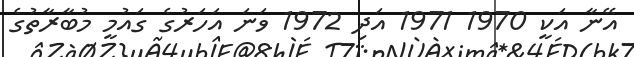
އޭނާ އަކީ 1970 1971 އަދި 1972 ވަނަ އަހަރުގެ ގައުމީ މުބާރާތުގެ